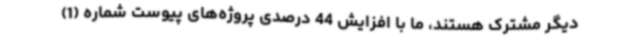
دیگر مشترک هستند، ما با افزایش 44 درصدی پروژه‌های پیوست شماره (1)